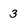
Character: 3